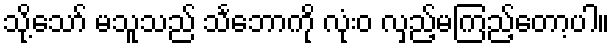
သို့သော် မသူသည် သင်္ဘောကို လုံးဝ လှည့်မကြည့်တော့ပါ။